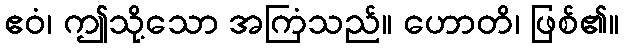
ဧဝံ၊ ဤသို့သော အကြံသည်။ ဟောတိ၊ ဖြစ်၏။